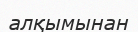
алқымынан